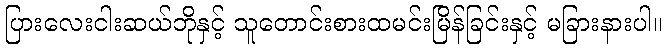
ပြားလေးငါးဆယ်ဘိုနှင့် သူတောင်းစားထမင်းမြိန်ခြင်းနှင့် မခြားနားပါ။